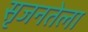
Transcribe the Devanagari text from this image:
सृजनतेला